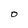
Character: O